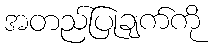
အတည်ပြုချက်ကို